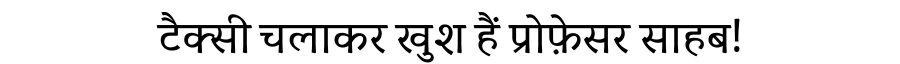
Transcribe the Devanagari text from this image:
टैक्सी चलाकर खुश हैं प्रोफ़ेसर साहब!